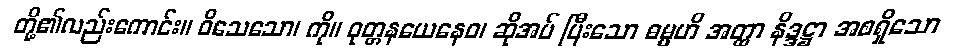
တို့၏လည်းကောင်း။ ဝိသေသော၊ ကို။ ဝုတ္တနယေနေဝ၊ ဆိုအပ် ပြီးသော ဓမ္မဟိ အတ္ထာ နိဒ္ဒဋ္ဌာ အစရှိသော